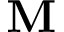
\textbf { M }